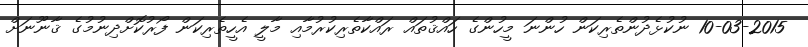
10-03-2015 ނުކުޅެދުންތެރިކަން ހުންނަ މީހުންގެ ހައްޤުތައް ރައްކާތެރިކުރުމާއި މާލީ އެހީތެރިކަން ފޯރުކޮށްދިނުމުގެ ޤާނޫނަށް